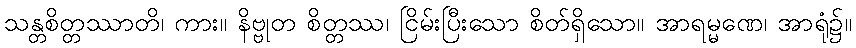
သန္တစိတ္တဿာတိ၊ ကား။ နိဗ္ဗုတ စိတ္တဿ၊ ငြိမ်းပြီးသော စိတ်ရှိသော။ အာရမ္မဏေ၊ အာရုံ၌။